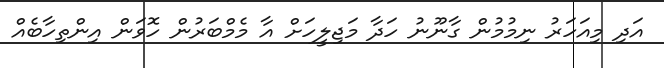
އަދި މިއަހަރު ނިމުމުން ގާނޫނު ހަދާ މަޖިލީހަށް އާ މެމްބަރުން ހޮވަން އިންތިހާބެއް